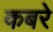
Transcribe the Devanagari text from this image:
कबरे